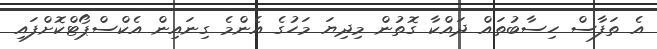
އެ ތަފާސް ހިސާބުތައް ދައްކާ ގޮތުން މިދިޔަ މަހުގެ އެންމެ ގިނައިން އެކްސްޕޯޓްކޮށްފައި